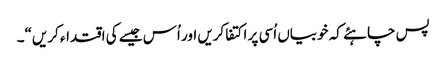
پس چاہئے کہ خوبیاں اُسی پر اکتفا کریں اور اُس جیسے کی اقتداء کریں“۔